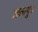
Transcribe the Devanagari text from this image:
जलपुत्र